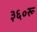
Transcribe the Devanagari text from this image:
३६०रू